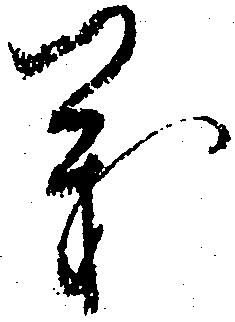
義